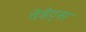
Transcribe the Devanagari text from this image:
वेडेट्स